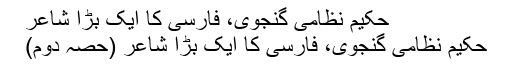
حکیم نظامی گنجوی، فارسی کا ایک بڑا شاعر
حکیم نظامی گنجوی، فارسی کا ایک بڑا شاعر (حصّہ دوّم)